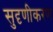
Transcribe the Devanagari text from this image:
सुदृणीकरण